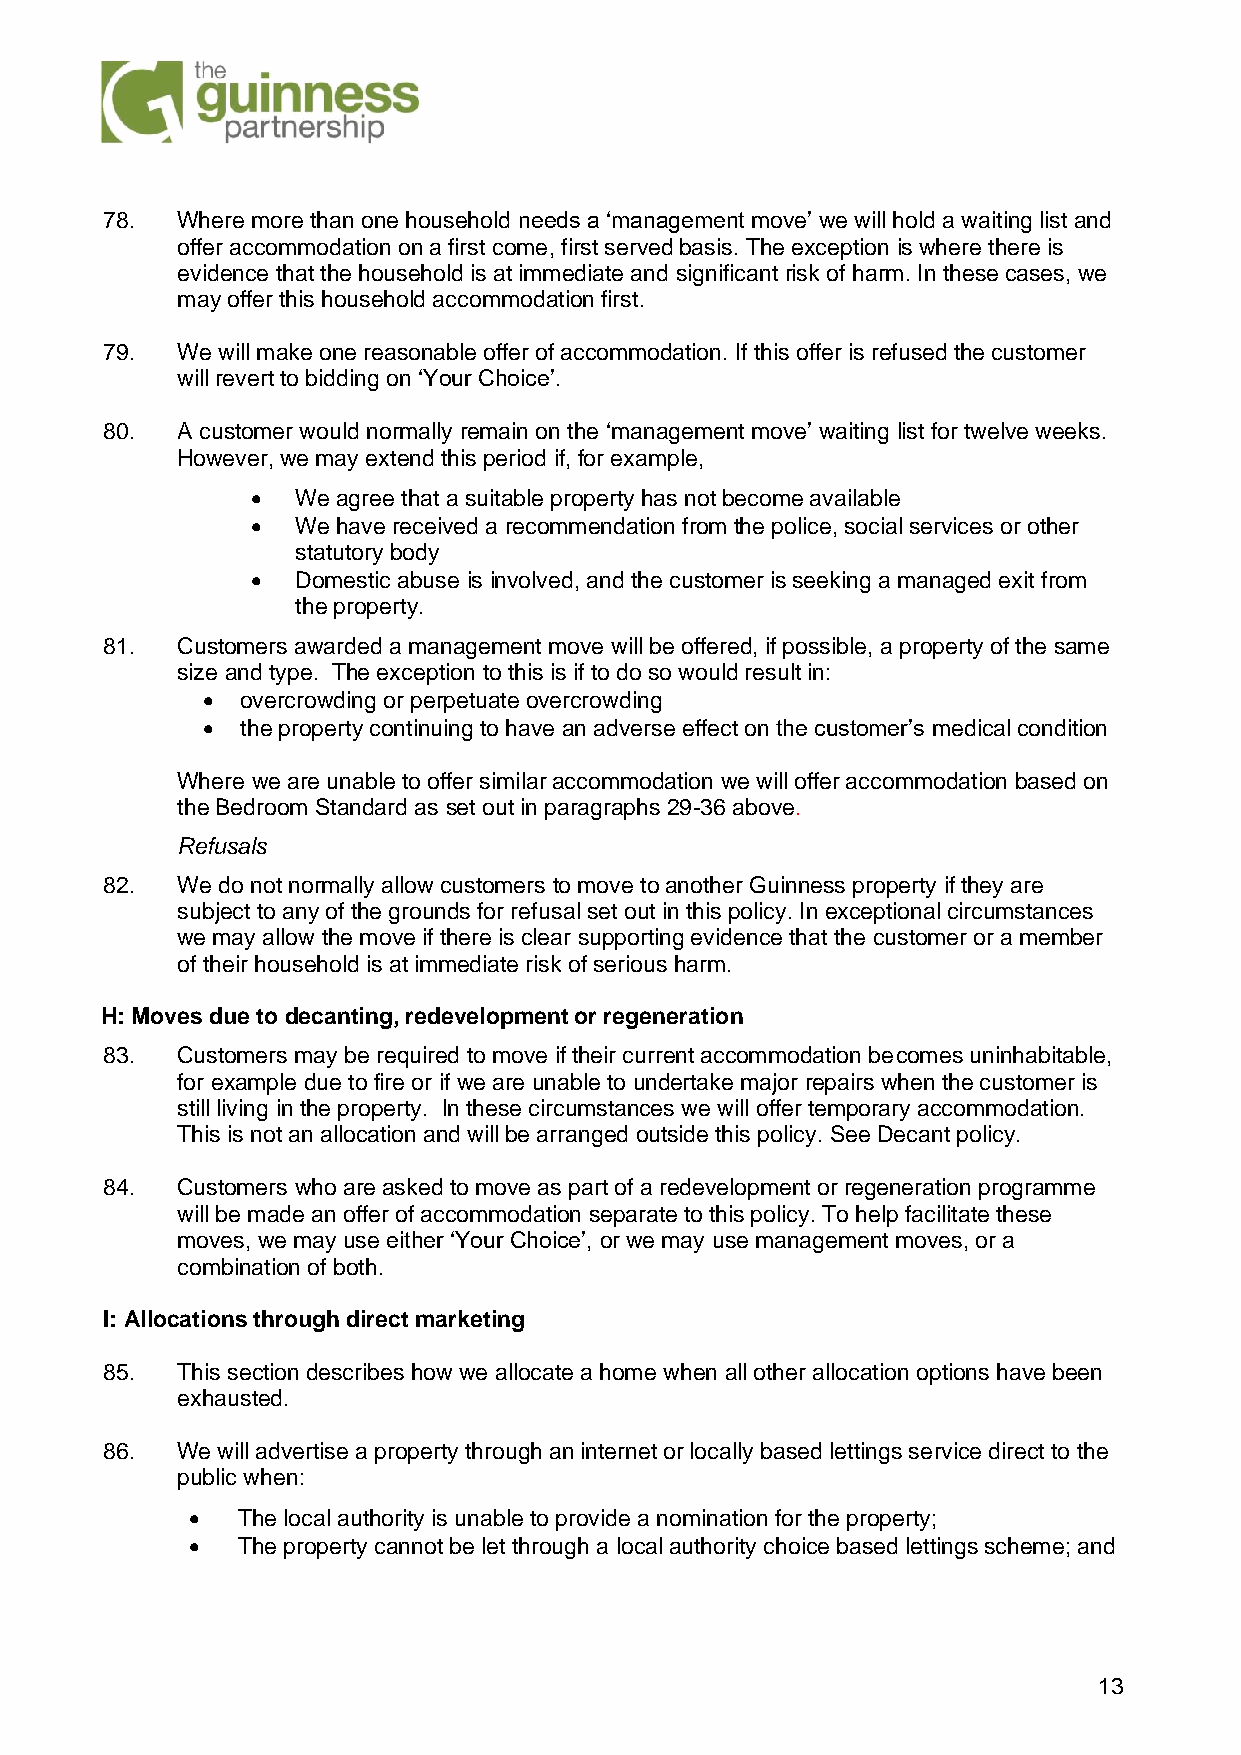
78.  Where more than one household needs a ‘management move’ we will hold a waiting list and
 offer accommodation on a first come, first served basis. The exception is where there is
 evidence that the household is at immediate and significant risk of harm. In these cases, we
 may offer this household accommodation first.
 79.  We will make one reasonable offer of accommodation. If this offer is refused the customer
 will revert to bidding on ‘Your Choice’.
 80.  A customer would normally remain on the ‘management move’ waiting list for twelve weeks.
 However, we may extend this period if, for example,
 •  We agree that a suitable property has not become available
 •  We have received a recommendation from the police, social services or other
 statutory body
 •  Domestic abuse is involved, and the customer is seeking a managed exit from
 the property.
 81.  Customers awarded a management move will be offered, if possible, a property of the same
 size and type. The exception to this is if to do so would result in:
 •  overcrowding or perpetuate overcrowding
 •  the property continuing to have an adverse effect on the customer’s medical condition
 Where we are unable to offer similar accommodation we will offer accommodation based on
 the Bedroom Standard as set out in paragraphs 29-36 above.
 Refusals
 82.  We do not normally allow customers to move to another Guinness property if they are
 subject to any of the grounds for refusal set out in this policy. In exceptional circumstances
 we may allow the move if there is clear supporting evidence that the customer or a member
 of their household is at immediate risk of serious harm.
 H: Moves due to decanting, redevelopment or regeneration
 83.  Customers may be required to move if their current accommodation becomes uninhabitable,
 for example due to fire or if we are unable to undertake major repairs when the customer is
 still living in the property. In these circumstances we will offer temporary accommodation.
 This is not an allocation and will be arranged outside this policy. See Decant policy.
 84.  Customers who are asked to move as part of a redevelopment or regeneration programme
 will be made an offer of accommodation separate to this policy. To help facilitate these
 moves, we may use either ‘Your Choice’, or we may use management moves, or a
 combination of both.
 I: Allocations through direct marketing
 85.  This section describes how we allocate a home when all other allocation options have been
 exhausted.
 86.  We will advertise a property through an internet or locally based lettings service direct to the
 public when:
 •  The local authority is unable to provide a nomination for the property;
 •  The property cannot be let through a local authority choice based lettings scheme; and
 13